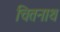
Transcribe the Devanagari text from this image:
चितनाथ